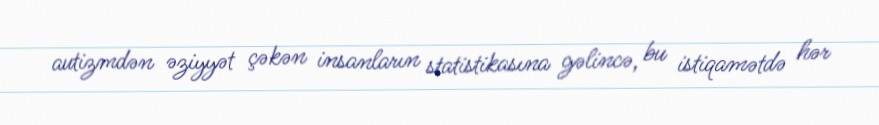
autizmdən əziyyət çəkən insanların statistikasına gəlincə, bu istiqamətdə hər